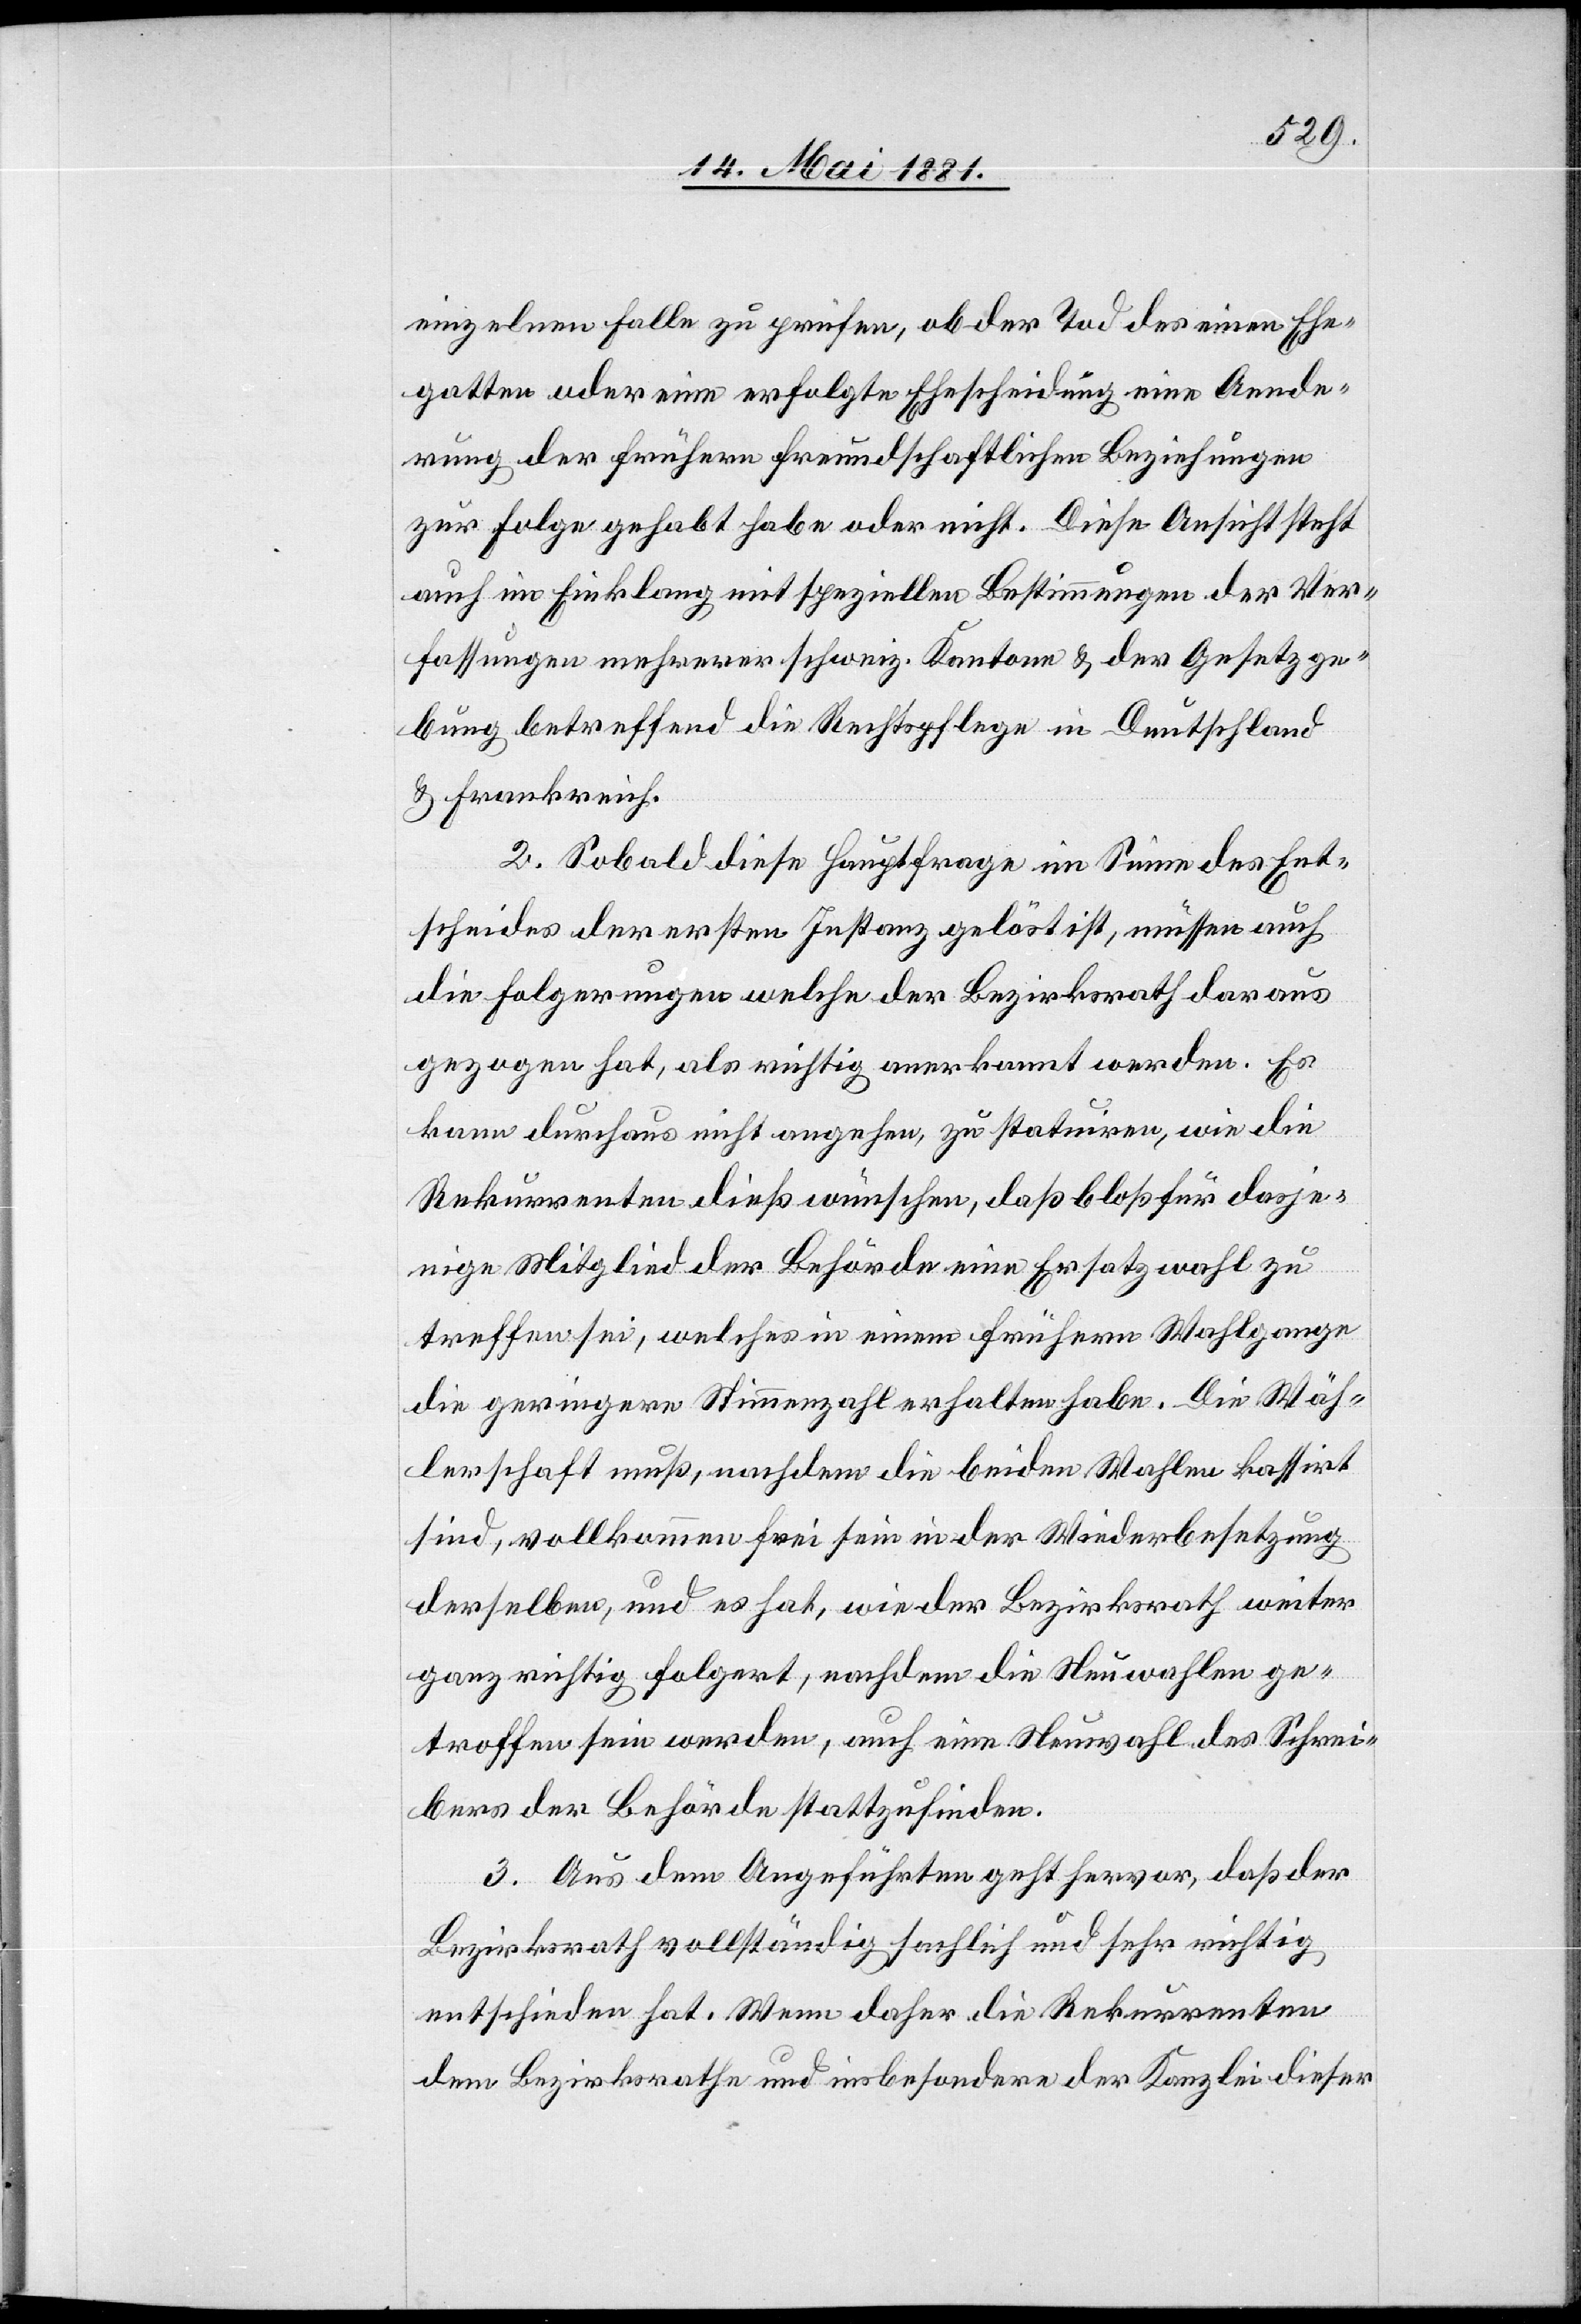
einzelnen Falle zu prüfen, ob der Tod des einen Ehe¬
gatten oder eine erfolgte Ehescheidung eine Aende¬
rung der frühern freundschaftlichen Beziehungen
zur Folge gehabt habe oder nicht. Diese Ansicht steht
auch im Einklang mit speziellen Bestimmungen der Ver¬
fassungen mehrerer schweiz. Kantone & der Gesetzge¬
bung betreffend die Rechtspflege in Deutschland
& Frankreich.
2. Sobald diese Hauptfrage im Sinne des Ent¬
scheides der ersten Instanz gelöst ist, müssen auch
die Folgerungen welche der Bezirksrath daraus
gezogen hat, als richtig anerkannt werden. Es
kann durchaus nicht angehen, zu statuiren, wie die
Rekurrenten dieß wünschen, daß bloß für dasje¬
nige Mitglied der Behörde eine Ersatzwahl zu
treffen sei, welches in einem frühern Wahlgange
die geringere Stimmenzahl erhalten habe. Die Wäh¬
lerschaft muß, nachdem die beiden Wahlen kassirt
sind, vollkommen frei sein in der Wiederbesetzung
derselben, und es hat, wie der Bezirksrath weiter
ganz richtig folgert, nachdem die Neuwahlen ge¬
troffen sein werden, auch eine Neuwahl des Schrei¬
bers der Behörde stattzufinden.
3. Aus dem Angeführten geht hervor, daß der
Bezirksrath vollständig sachlich und sehr richtig
entschieden hat. Wenn daher die Rekurrenten
dem Bezirksrathe und insbesondere der Kanzlei dieser